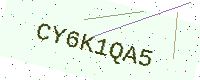
Text: CY6K1QA5